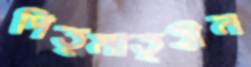
পিতৃমাতৃহীন